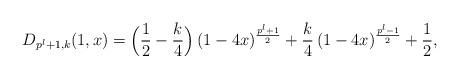
LaTeX: \begin{align*}D_{p^l+1,k}(1,x)&=\Big(\frac{1}{2} - \frac{k}{4}\Big)\,(1-4x)^{\frac{p^l+1}{2}}+\frac{k}{4}\,(1-4x)^{\frac{p^l-1}{2}} +\frac{1}{2},\end{align*}